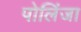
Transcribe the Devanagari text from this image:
पोलिंजा